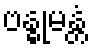
ဗန္ဓုမန္တံ